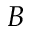
B